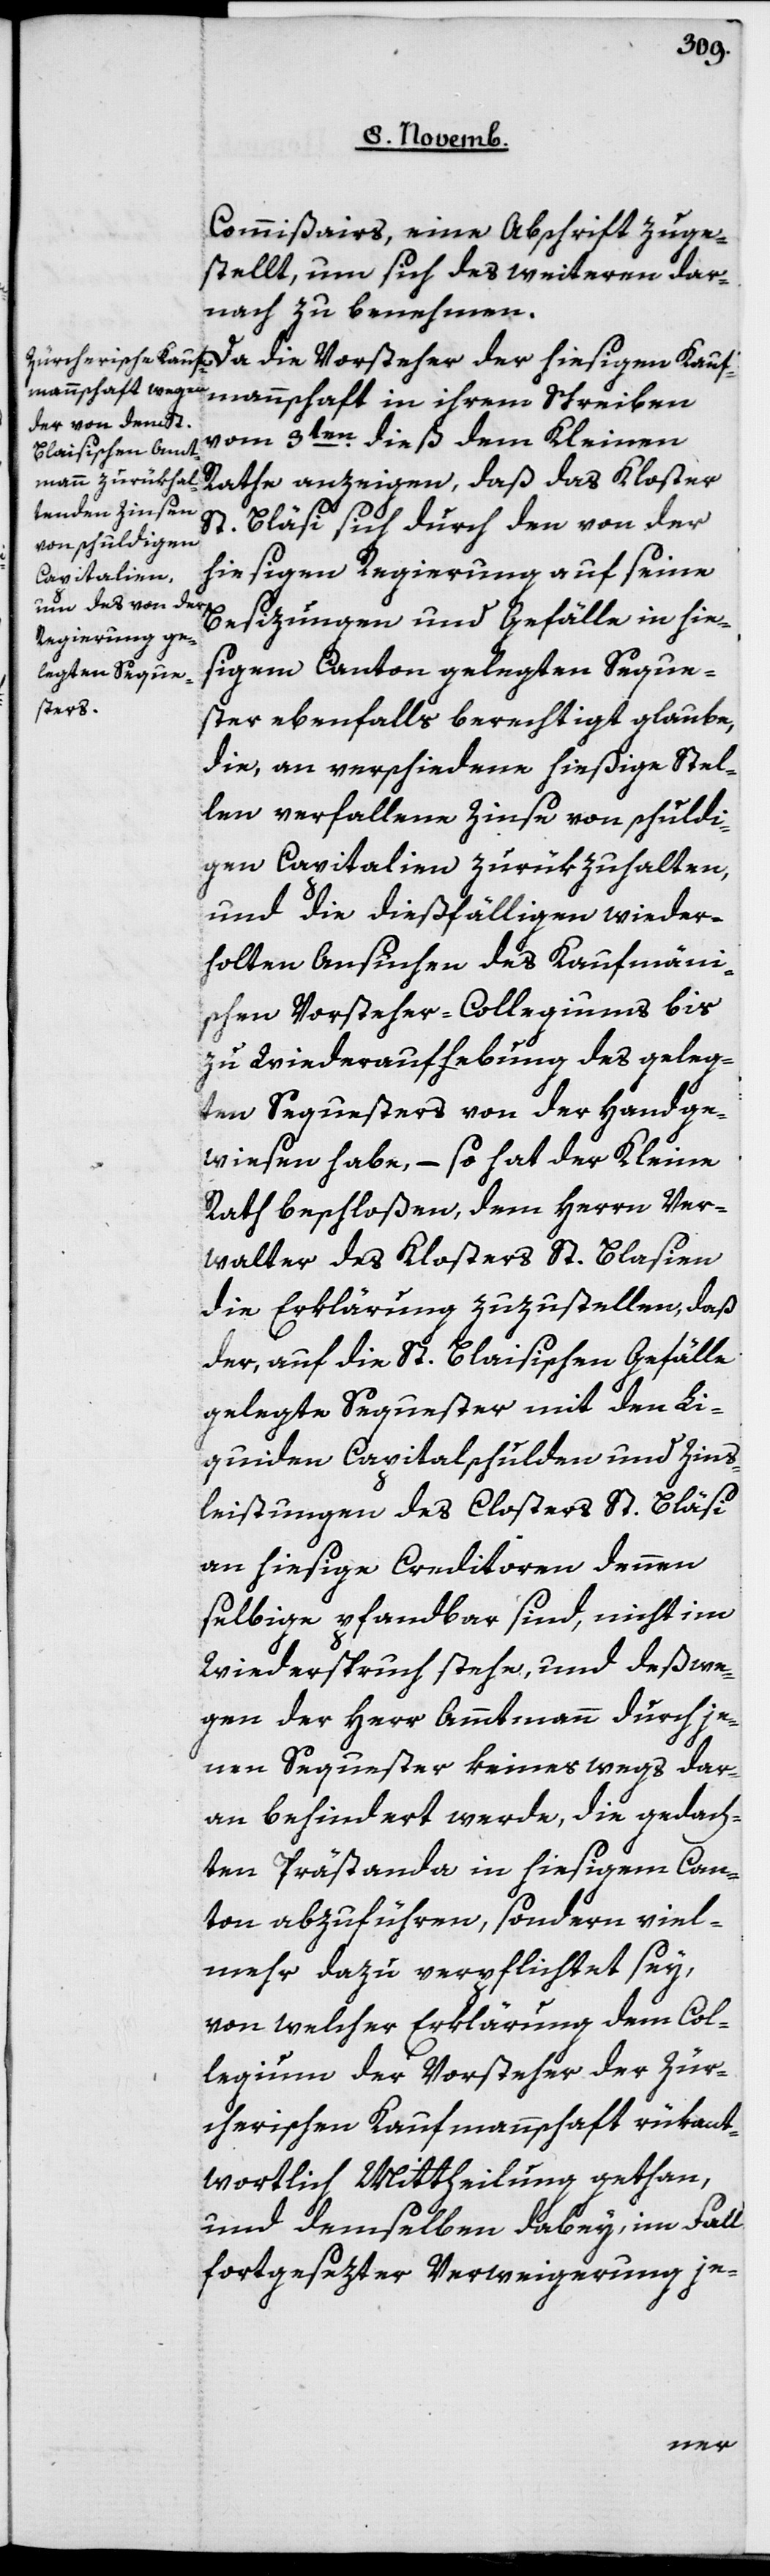
Commißairs, eine Abschrift zuge¬
stellt, um sich des Weiteren dar¬
nach zu benehmen.
Da die Vorsteher der hiesigen Kauf¬
mannschaft in ihrem Schreiben
vom 3ten dieß dem Kleinen
Rathe anzeigen, daß das Kloster
St. Bläsi [sic!] sich durch den von der
hiesigen Regierung auf seine
Besizungen und Gefälle in hie¬
sigem Canton gelegten Seque¬
ster ebenfalls berechtigt glaube,
die an verschiedene hießige Stel¬
len verfallene Zinse von schuldi¬
gen Capitalien zurükzuhalten,
und die dießfälligen wieder¬
holten Ansuchen des Kaufmänn¬
ischen Vorsteher-Collegiums bis
zu Wiederaufhebung des geleg¬
ten Sequesters von der Hand ge¬
wiesen habe, – so hat der Kleine
Rath beschloßen, dem Herrn Ver¬
walter des Klosters St. Blasien
die Erklärung zuzustellen, daß
der auf die St. Bläsischen Gefälle
gelegte Sequester mit den li¬
quiden Capitalschulden und Zins¬
leistungen des Closters St. Blasien
an hiesige Creditoren, denen
selbige pfandbar sind, nicht im
Widerspruch stehe, und deswe¬
gen der Herr Amtmann durch je¬
nen Sequester keineswegs dar¬
an behindert werde, die gedach¬
ten Prästanda in hiesigem Can¬
ton abzuführen, sondern viel¬
mehr dazu verpflichtet sey,
von welcher Erklärung dem Col¬
legium der Vorsteher der Zür¬
cherischen Kaufmannschaft rükant¬
wortlich Mittheilung gethan,
und demselben dabey im Fall
fortgesezter Verweigerung je-